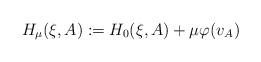
LaTeX: \begin{align*}H_\mu (\xi,A):=H_0(\xi,A)+\mu \varphi(v_A)\end{align*}